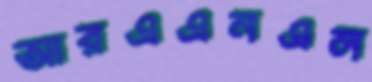
আরএএনএল